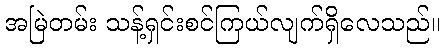
အမြဲတမ်း သန့်ရှင်းစင်ကြယ်လျက်ရှိလေသည်။